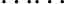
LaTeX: \ldots\! \ldots